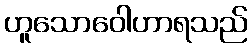
ဟူသောဝေါဟာရသည်